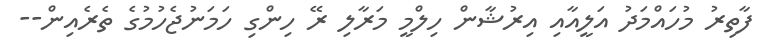
ފާތިރު މުހައްމަދު އަލީއާއި އިރުޝާން ހިލްމީ މަރާލި ރޭ ހިންގި ހަމަނުޖެހުމުގެ ތެރެއިން--